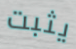
يثبت